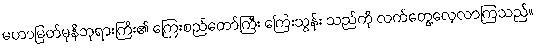
မဟာမြတ်မုနိဘုရားကြီး၏ ကြေးစည်တော်ကြီး ကြေးသွန်း သည်ကို လက်တွေ့လေ့လာကြသည်။